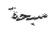
سبحة